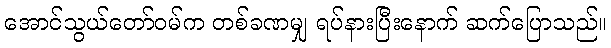
အောင်သွယ်တော်ဝမ်က တစ်ခဏမျှ ရပ်နားပြီးနောက် ဆက်ပြောသည်။